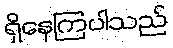
ရှိနေကြပါသည်